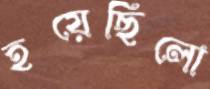
হয়েছিলো